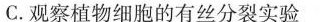
C.观察植物细胞的有丝分裂实验